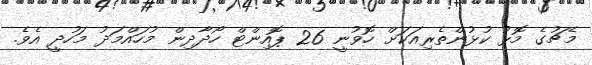
މެޗުގެ މޮޅު ކުޅުންތެރިއަކަށް ހޮވުނީ 26 ޕޮއިންޓް ހޯދާދިން މުހައްމަދު މަހުދީ އެވެ.